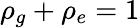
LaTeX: \rho_{g}+\rho_{e}=1